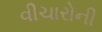
વીચારોની